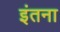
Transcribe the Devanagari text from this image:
इंतना